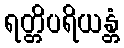
ရတ္တိပရိယန္တံ